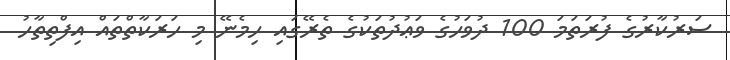
ސަރުކާރުގެ ފުރަތަމަ 100 ދުވަހުގެ ވަޢުދުތަކުގެ ތެރޭގައި ހިމެނޭ މި ހަރަކާތްތައް އިފްތިތާހު